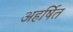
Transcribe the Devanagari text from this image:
अहर्षित